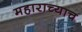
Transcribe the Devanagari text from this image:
महाराच्याच